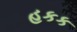
હકક